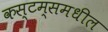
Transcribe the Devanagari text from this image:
कस्टम्समधील